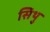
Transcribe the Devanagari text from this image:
सिथु